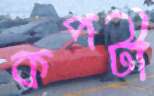
কপটী